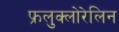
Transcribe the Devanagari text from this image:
फ्रलुक्लोरेलिन